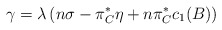
\begin{align*}\gamma = \lambda\left( n\sigma - \pi_{C}^* \eta + n \pi_{C}^* c_1(B) \right)\end{align*}